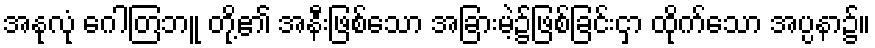
အနုလုံ ဂေါတြဘူ တို့၏ အနီးဖြစ်သော အခြားမဲ့၌ဖြစ်ခြင်းငှာ ထိုက်သော အပ္ပနာ၌။